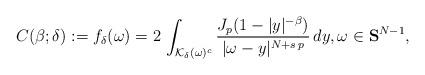
LaTeX: \begin{align*}C(\beta;\delta):=f_{\delta}(\omega)=2\,\int_{\mathcal{K}_\delta(\omega)^c} \frac{J_p(1-|y|^{-\beta})}{|\omega-y|^{N+s\,p}}\,dy,\omega\in\mathbf{S}^{N-1},\end{align*}